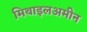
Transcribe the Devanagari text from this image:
मिथाइलअमीन